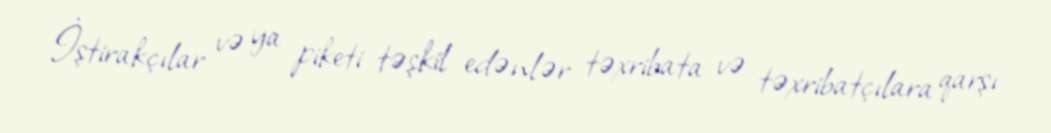
İştirakçılar və ya piketi təşkil edənlər təxribata və təxribatçılara qarşı